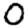
Digit: 0